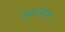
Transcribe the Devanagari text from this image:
रेकॉनस